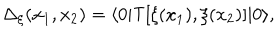
\Delta _ { \xi } ( x _ { 1 } , x _ { 2 } ) = \langle 0 | { \sf T } [ \xi ( x _ { 1 } ) , \xi ( x _ { 2 } ) ] | 0 \rangle ,